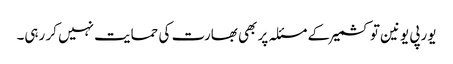
یورپی یونین تو کشمیر کے مسئلہ پر بھی بھارت کی حمایت نہیں کر رہی۔